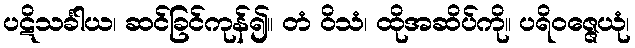
ပဋိသင်္ခါယ၊ ဆင်ခြင်ကုန်၍။ တံ ဝိသံ၊ ထိုအဆိပ်ကို။ ပရိဝဇ္ဇေယုံ၊